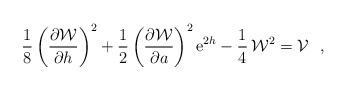
LaTeX: \begin{align*}\frac{1}{8} \left(\frac{\partial {\cal W}}{\partial h} \right)^2 +\frac{1}{2} \left(\frac{\partial {\cal W}}{\partial a} \right)^2{\rm e}^{2h} - \frac{1}{4} \,{\cal W}^2 = {\cal V}~~,\end{align*}